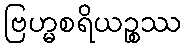
ဗြဟ္မစရိယဉ္စဿ